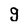
Character: 9